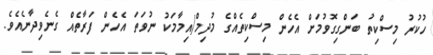
ހުކުރު މިސްކިތު ބަންގިގޮވުމަށް އެހެން މިސްކިތެއްގެ މުދިމް/އިމާމަކު ނުވަތަ އެހެން ފަރާތެއް ގެނެވިދާނެއެވެ.